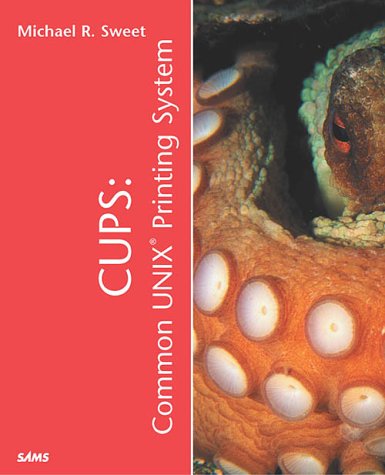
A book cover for CUPS: Common UNIX Printing System; Michael Sweet.; Computers & Technology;